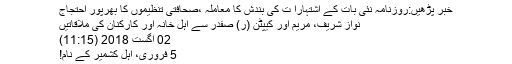
خبر پڑھیں:روزنامہ نئی بات کے اشتہارا ت کی بندش کا معاملہ ،صحافتی تنظیموں کا بھرپور احتجاج
نواز شریف، مریم اور کیپٹن (ر) صفدر سے اہلِ خانہ اور کارکنان کی ملاقاتیں
02 اگست 2018 (11:15)
5 فروری، اہلِ کشمیر کے نام!